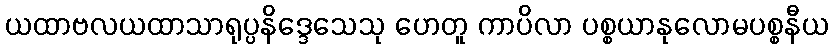
ယထာဗလယထာသာရုပ္ပနိဒ္ဒေသေသု ဟေတူ ကာပိလာ ပစ္စယာနုလောမပစ္စနီယ